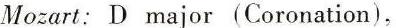
Mozart: D major (Coronation),